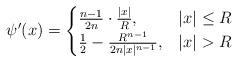
LaTeX: \begin{align*} \psi'(x)= \begin{cases} \frac{n-1}{2n}\cdot\frac{|x|}{R},& |x|\leq R \\ \frac{1}{2}-\frac{R^{n-1}}{2n|x|^{n-1}}, & |x|>R \end{cases}\end{align*}